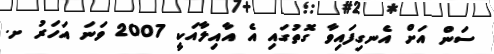
ސަން އަށް އެނގިފައިވާ ގޮތުގައި އެ އާއިލާއަކީ 2007 ވަނަ އަހަރު ށ.